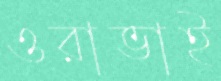
ওরাভাই